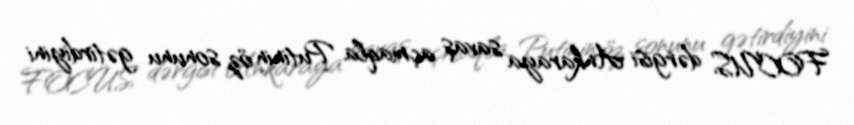
FOCUS dərgisi Ankaraya savaş açmaqla Putinin öz sonunu gətirdiyini